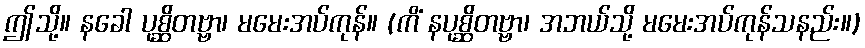
ဤသို့။ နခေါ ပုစ္ဆိတဗ္ဗာ၊ မမေးအပ်ကုန်။ (ကိံ နပုစ္ဆိတဗ္ဗာ၊ အဘယ်သို့ မမေးအပ်ကုန်သနည်း။)